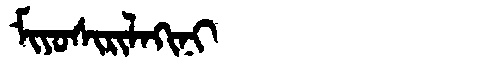
Manchu: ᠮᡳᠶᠣᠰᡳᡵᡳᠯᠠᡴᡳᠨᡳ
Romanization: MIYOSIRILAKINI